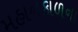
મહાનકાળના